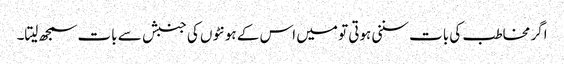
اگر مخاطب کی بات سننی ہوتی تو میں اس کے ہونٹوں کی جنبش سے بات سمجھ لیتا۔